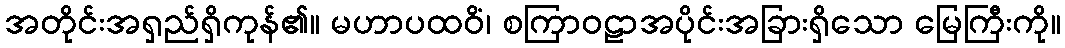
အတိုင်းအရှည်ရှိကုန်၏။ မဟာပထဝိံ၊ စကြာဝဠာအပိုင်းအခြားရှိသော မြေကြီးကို။